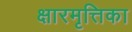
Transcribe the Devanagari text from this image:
क्षारमृत्तिका